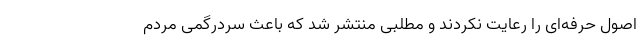
اصول حرفه‌ای را رعایت نکردند و مطلبی منتشر شد که باعث سردرگمی مردم